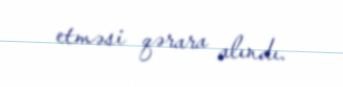
etməsi qərara alındı.